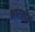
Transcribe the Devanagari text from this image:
भारतार्य